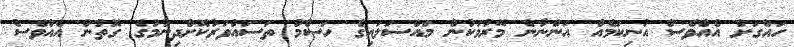
ހައްގަށް އެއްވެސް އުނިކަމެއް އަންނާނެ މޭރުމަކުން މައްސަލައިގެ ހަސްމު ތަސައްވަރުކޮށްދިނުމުގެ ގޮތުން އެއްވެސް